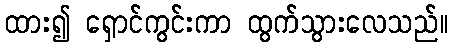
ထား၍ ရှောင်ကွင်းကာ ထွက်သွားလေသည်။